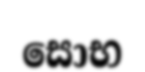
සොභ